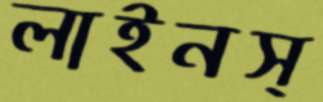
লাইনস্